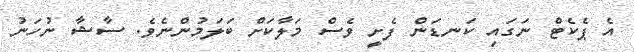
އެ ޕެކެޓް ނަގައި ކަނޑަން ފެށީ ވެސް މަލާކަށް ބަލަމުންނެވެ. ސާޝާ ނުހަނު